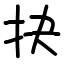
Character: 抉